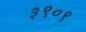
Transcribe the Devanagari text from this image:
३९०९